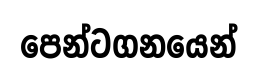
පෙන්ටගනයෙන්